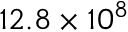
1 2 . 8 \times 1 0 ^ { 8 }